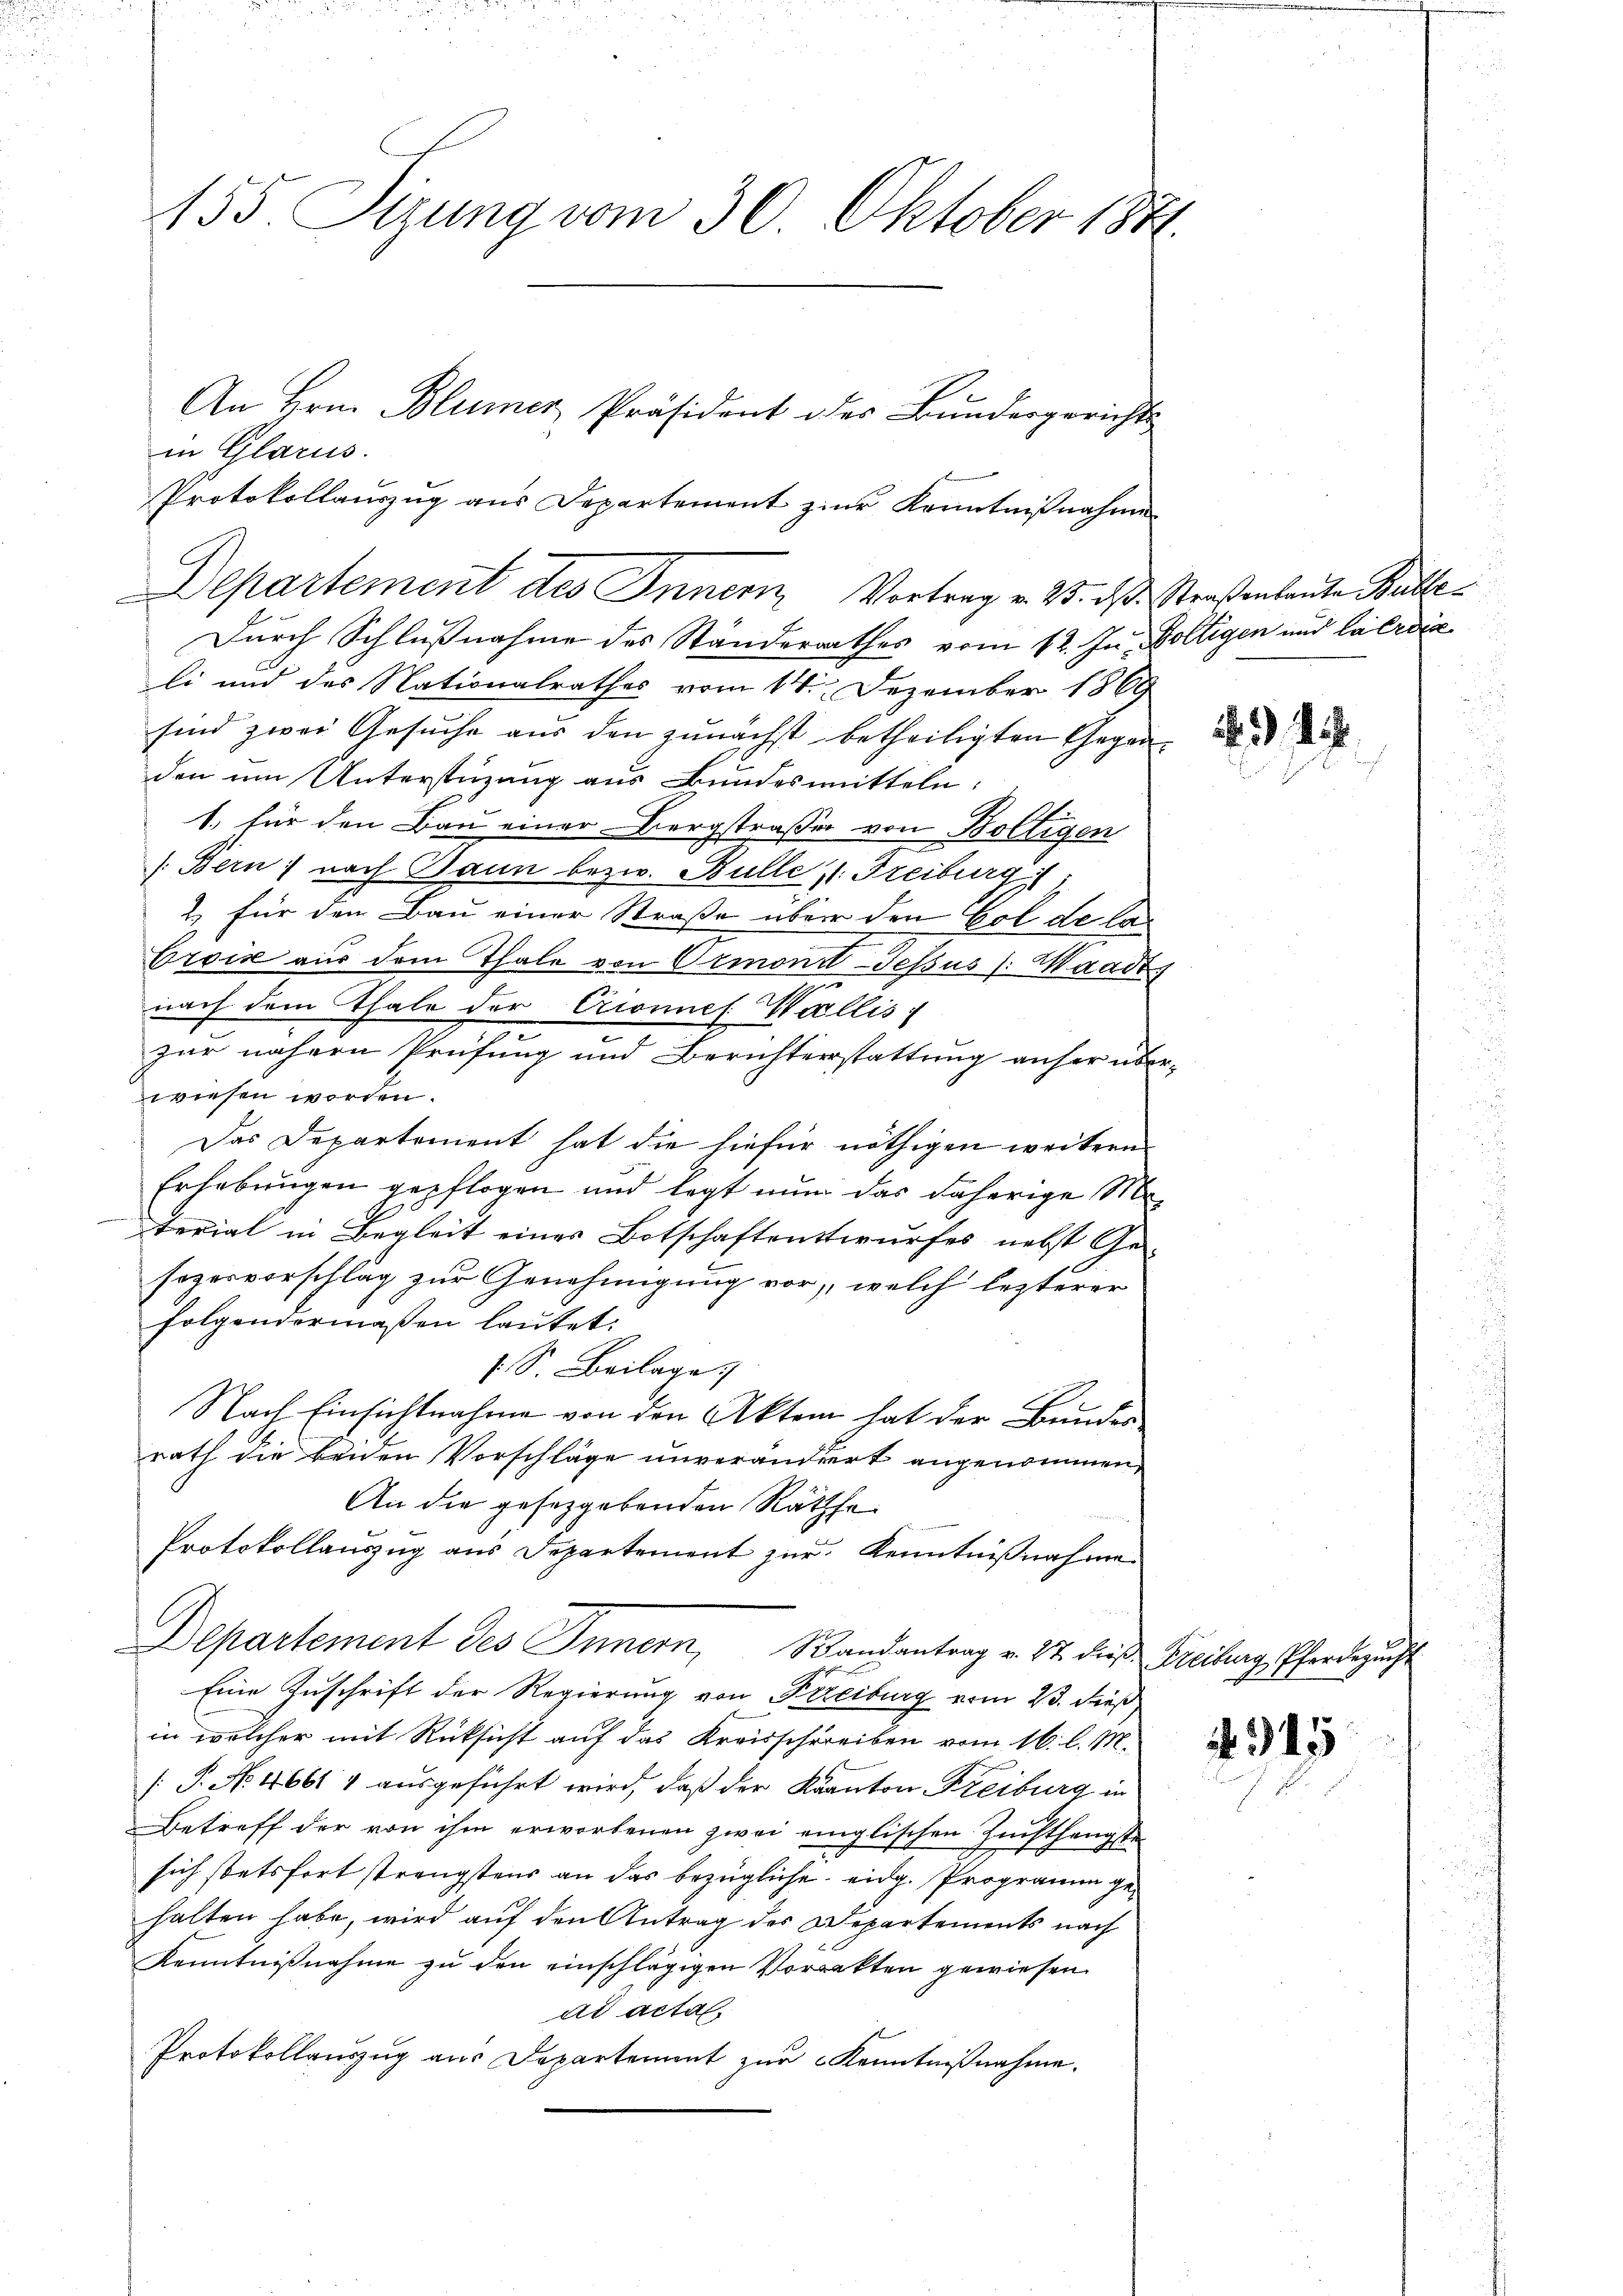
155. Sirung vom 30. Oktober 1871.

in Glarus.
Protokollauszug aus Departement zur Kenntnißnahme
Durch Schlußnahme des Ständerrathes vom 12. In Voltigen und Caerdie
li und des Nationalrathes vom 14. Dezember 1869
sind zwei Gesuche aus den zunächst betheiligten Gegenden um Unterstüzung aus Bundesmitteln:
1.) für den Bau einer Bergstraßen von Boltigen
(Bern, nach Dann bezw. Bulle 11. Freiburg i
2. für den Bau einer Straße über den Gol de las
Croix aus dem Thale von Ormonit-Tessus (Waadt,
nach dem Thale der Crionnes Wallis
zur nähern Prüfung und Berichterstattung anser über-
wiesen worden.
Das Departement hat die hiefür nöthigen weitern
Erhebungen gepflogen und legt nun das daherige Ma¬
I
terial in Begleit eines Botschaftentwurfes nebst Gesezesvorschlag zur Genehmigung vor, welch lezterer
folgendermaßen lautet:
s. S. Beilage
Nach Einsichtnahme von den Aktem hat der Bundes-
rath die beiden Vorschläge unverändert angenommen,
An die gesetzgebenden Räthe
Protokollauszug aus Departement zur Kenntnißnahme
Departement des Innern, Randantrag v. 27. die Freiburg, Pferdezucht
Eine Zuschrift der Regierung von Freiburg vom 23. dieß
in welcher mit Rücksicht auf das Kreisschreiben vom 16. l. M.
[P. No. 466 & ausgeführt wird, daß der Kanton Freiburg in
Betreff der von ihm erworbenen zwei einglischen Zuchthängste
sich stetsfort strengstens an das bezügliche eidg. Programm gehalten habe, wird auf den Antrag des Departements nach
Kenntnißnahme zu den einschlägigen Vorrekten gewiesen.
ad actal.
Protokollauszug aus Departement zur Kenntnißnahme.

An Hrn. Blümer, Präsident oder Bundesgerichts

Departement des Innern Vortrag v. 23. das Straßenbaute Butte

4

4.345